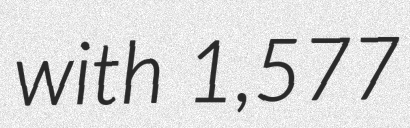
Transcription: with 1,577